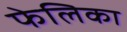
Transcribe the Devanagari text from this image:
फेलिका